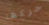
حركها